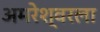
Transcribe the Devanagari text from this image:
अमरेश्वरला